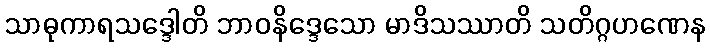
သာဓုကာရသဒ္ဒေါတိ ဘာဝနိဒ္ဒေသော မာဒိသဿာတိ သတိဂ္ဂဟဏေန